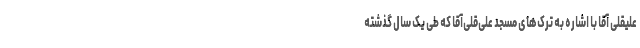
علیقلی آقا با اشاره به ترک‌های مسجد علی‌قلی‌آقا که طی یک سال گذشته